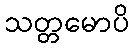
သတ္တမောပိ